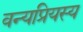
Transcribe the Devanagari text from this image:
वन्यप्रियस्य